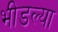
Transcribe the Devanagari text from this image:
भीडल्या